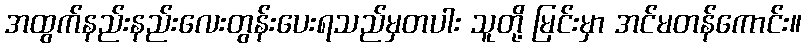
အထွက်နည်းနည်းလေးတွန်းပေးရသည်မှတပါး သူတို့ မြင်းမှာ အင်မတန်ကောင်း။